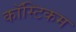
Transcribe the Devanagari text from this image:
कॉस्टिकम